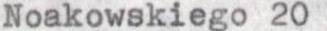
Noakowskiego 20